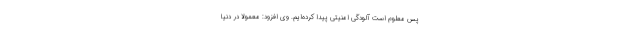
پس معلوم است آلودگی امنیتی پیدا کرده‌ایم. وی افزود: معمولا در دنیا